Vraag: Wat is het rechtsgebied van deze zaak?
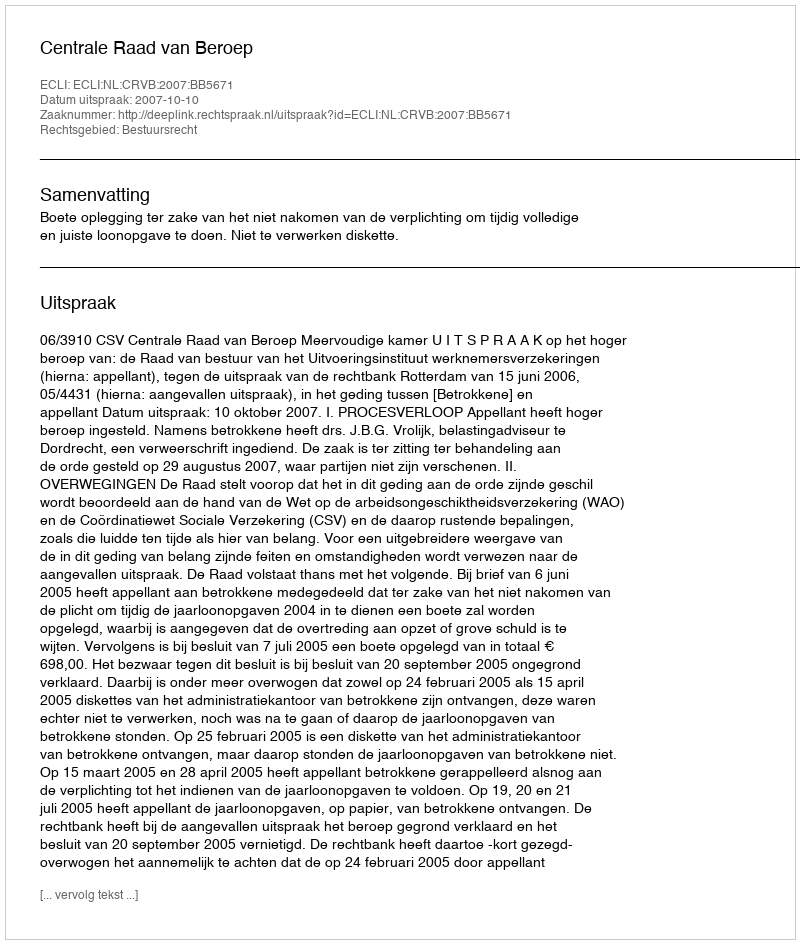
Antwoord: Bestuursrecht